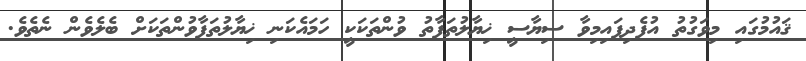
ޤައުމުގައި މިވަގުތު އުފެދިފައިމިވާ ސިޔާސީ ޚިޔާލުތަފާތު ވުންތަކަކީ ހަމައެކަނި ޚިޔާލުތަފާވުންތަކަށް ބެލެވެން ނެތެވެ.